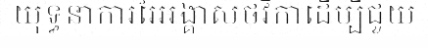
យុទ្ធនាការរៃអង្គាសថវិកាដើម្បីជួយ